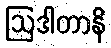
ဩဒါတာနိ